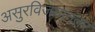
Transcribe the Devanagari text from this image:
असुरविजयानंतर